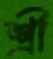
শ্রী